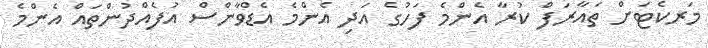
މަރކެޓަށް ތައާރަފް ކުރާ އެންމެ ފަހުގެ އަދި އެންމެ އެޑްވާންސް އުފެއްދުންތައް އެންމެ